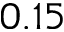
0 . 1 5